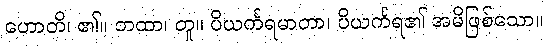
ဟောတိ၊ ၏။ တထာ၊ တူ။ ပိယင်္ကရမာတာ၊ ပိယင်္ကရ၏ အမိဖြစ်သော။